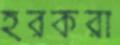
হরকরা